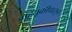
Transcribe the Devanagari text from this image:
वाहतूकींपासून